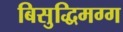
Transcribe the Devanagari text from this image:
बिसुद्धिमग्ग